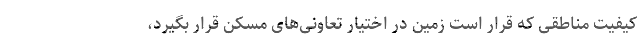
کیفیت مناطقی که قرار است زمین در اختیار تعاونی‌های مسکن قرار بگیرد،